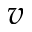
v